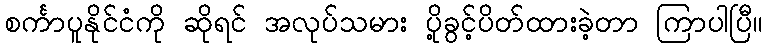
စင်္ကာပူနိုင်ငံကို ဆိုရင် အလုပ်သမား ပို့ခွင့်ပိတ်ထားခဲ့တာ ကြာပါပြီ။